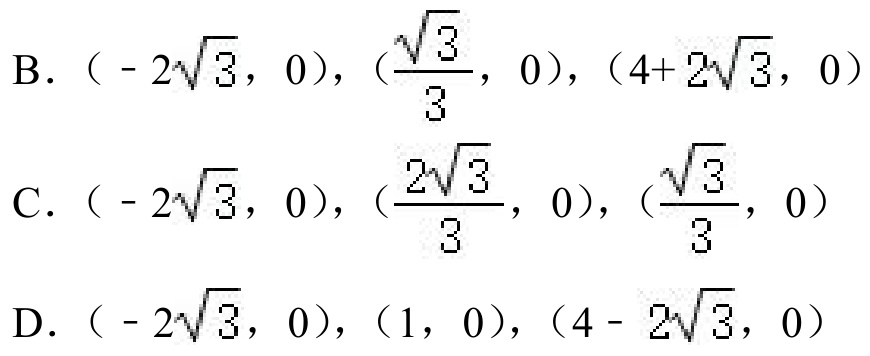
B. \(( - 2\sqrt{3},0),(\frac{\sqrt{3}}{3},0),(4 + 2\sqrt{3},0)\)
C. \(( - 2\sqrt{3},0),(\frac{2\sqrt{3}}{3},0),(\frac{\sqrt{3}}{3},0)\)
D. \(( - 2\sqrt{3},0),(1,0),(4 - 2\sqrt{3},0)\)